Annual administration report of the Civil Veterinary Department of India - 1893-1894
Year: 1893
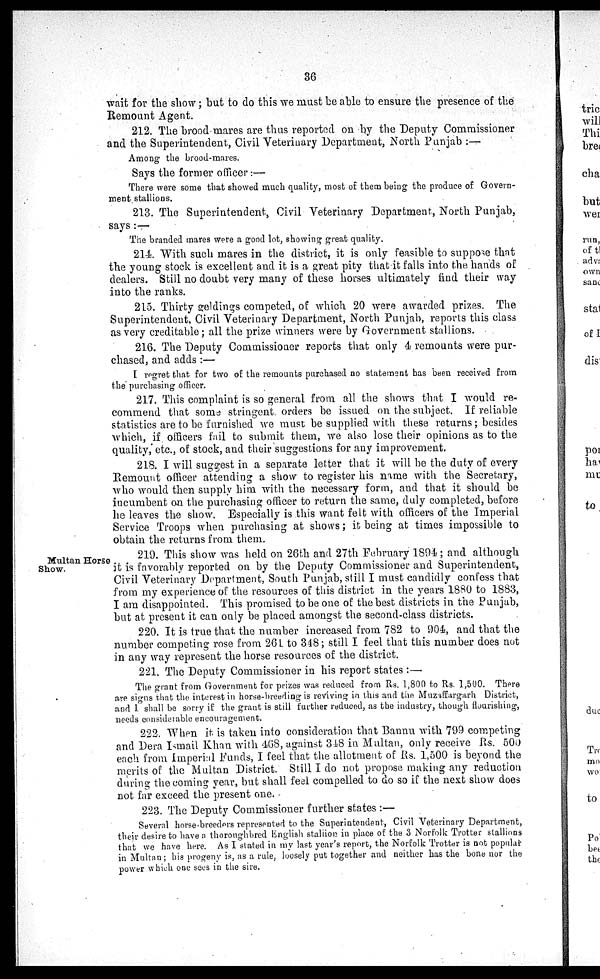
36
wait for the show; but to do this we must be able to ensure the presence of the
Remount Agent.
212. The brood mares are thus reported on by the Deputy Commissioner
and the Superintendent, Civil Veterinary Department, North Punjab:—
Among the brood-mares.
Says the former officer:—
There were some that showed much quality, most of them being the produce of Govern-
ment stallions.
213. The Superintendent, Civil Veterinary Department, North Punjab,
says:—
The branded mares were a good lot, showing great quality.
214. With such mares in the district, it is only feasible to suppose that
the young stock is excellent and it is a great pity that it falls into the hands of
dealers. Still no doubt very many of these horses ultimately find their way
into the ranks.
215. Thirty geldings competed, of which 20 were awarded prizes. The
Superintendent, Civil Veterinary Department, North Punjab, reports this class
as very creditable; all the prize winners were by Government stallions.
216. The Deputy Commissioner reports that only 4 remounts were pur-
chased, and adds:—
I regret that for two of the remounts purchased no statement has been received from
the purchasing officer.
217. This complaint is so general from all the shows that I would re-
commend that some stringent orders be issued on the subject. If reliable
statistics are to be furnished we must be supplied with these returns; besides
which, if officers fail to submit them, we also lose their opinions as to the
quality, etc., of stock, and their suggestions for any improvement.
218. I will suggest in a separate letter that it will be the duty of every
Remount officer attending a show to register his name with the Secretary,
who would then supply him with the necessary form, and that it should be
incumbent on the purchasing officer to return the same, duly completed, before
he leaves the show. Especially is this want felt with officers of the Imperial
Service Troops when purchasing at shows; it being at times impossible to
obtain the returns from them.
Multan Horse
Show.
219. This show was held on 26th and 27th February 1894; and although
it is favorably reported on by the Deputy Commissioner and Superintendent,
Civil Veterinary Department, South Punjab, still I must candidly confess that
from my experience of the resources of this district in the years 1880 to 1883,
I am disappointed. This promised to be one of the best districts in the Punjab,
but at present it can only be placed amongst the second-class districts.
220. It is true that the number increased from 782 to 904, and that the
number competing rose from 261 to 348; still I feel that this number does not
in any way represent the horse resources of the district.
221. The Deputy Commissioner in his report states:—
The grant from Government for prizes was reduced from Rs. 1,800 to Rs. 1,500. There
are signs that the interest in horse-breeding is reviving in this and the Muzaffargarh District,
and I. shall be sorry if the grant is still further reduced, as the industry, though flourishing,
needs considerable encouragement.
222. When it is taken into consideration that Bannu with 799 competing
and Dera Ismail Khan with 468, against 348 in Multan, only receive Rs. 500
each from Imperial Funds, I feel that the allotment of Rs. 1,500 is beyond the
merits of the Multan District. Still I do not propose making any reduction
during the coming year, but shall feel compelled to do so if the next show does
not far exceed the present one.
223. The Deputy Commissioner further states:—
Several horse-breeders represented to the Superintendent, Civil Veterinary Department,
their desire to have a thoroughbred English stallion in place of the 3 Norfolk Trotter stallions
that we have here. As I stated in my last year's report, the Norfolk Trotter is not popular
in Multan; his progeny is, as a rule, loosely put together and neither has the bone nor the
power which one sees in the sire.